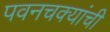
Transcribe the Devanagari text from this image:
पवनचक्यांची